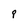
Character: P